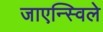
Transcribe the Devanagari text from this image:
जाएन्स्विले